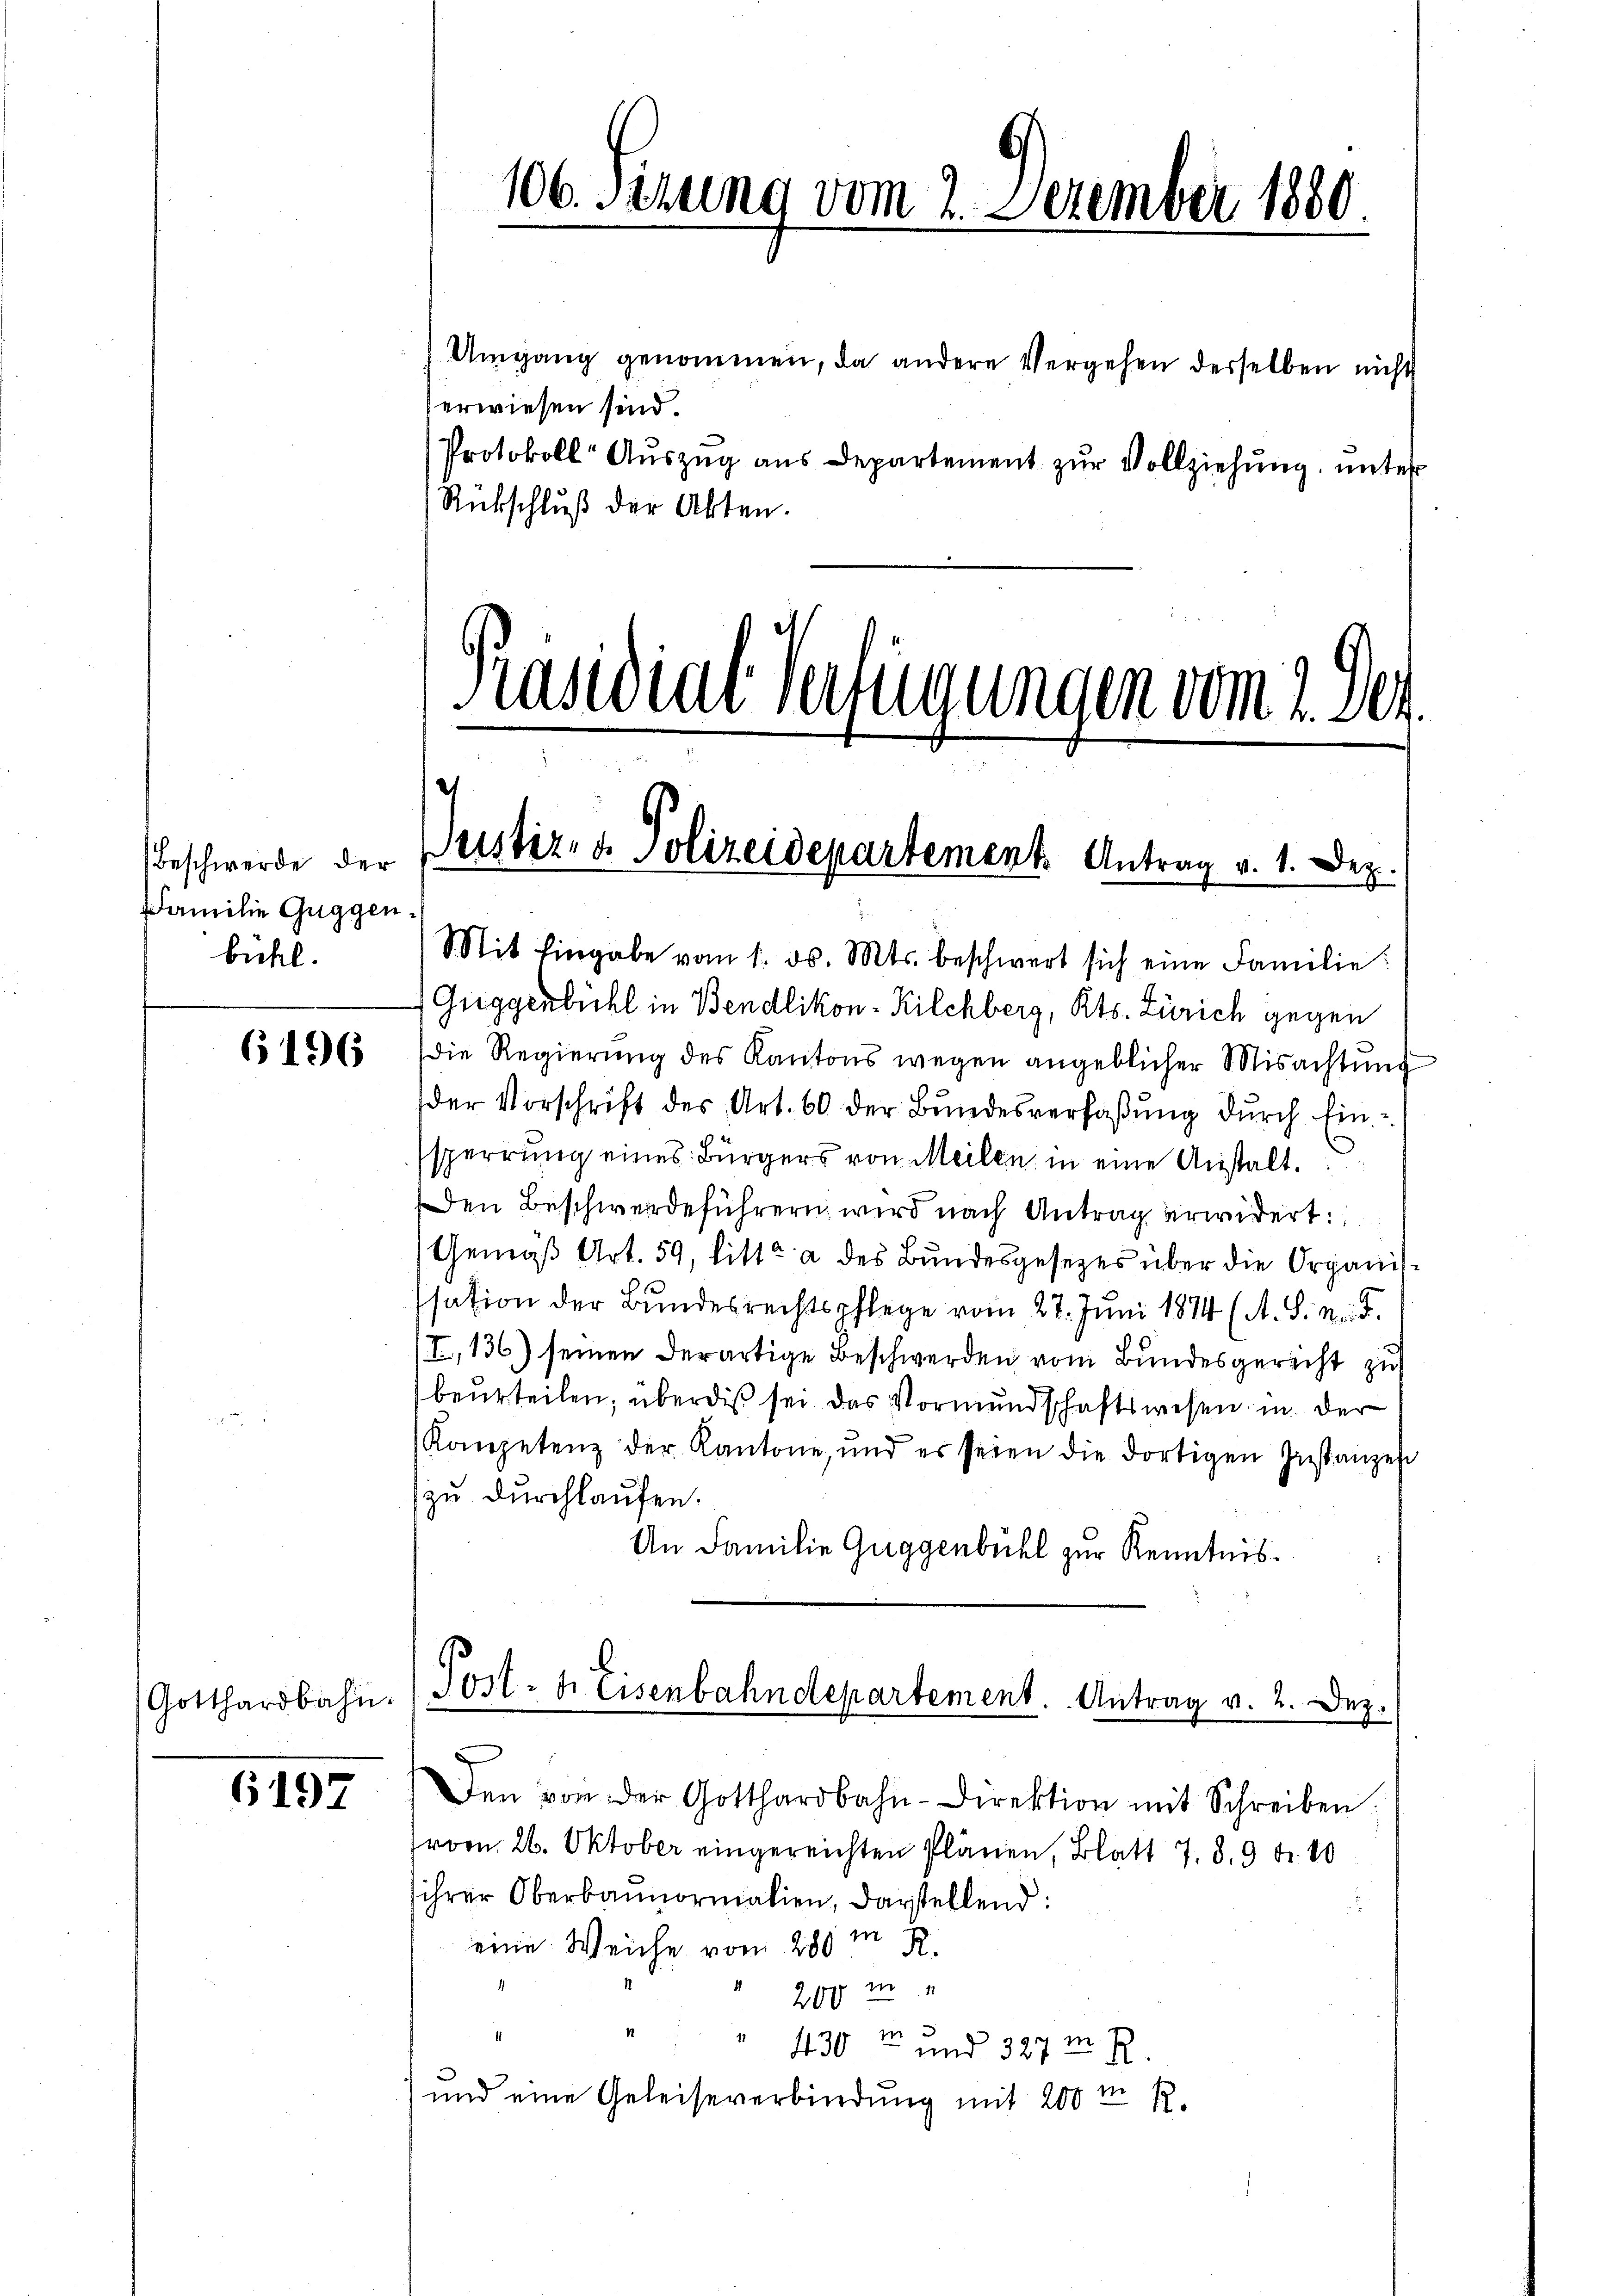
Beschwerde der
Familie Guggen.
bühl.

6196

6197

Umgang genommen, da andere Vergehen derselben nicht
erwiesen sind.
Protokoll Auszug aus Departement zur Vollziehung, unter
Rückschluß der Akten.

Mit Eingabe vom 1. ds. Mts. beschwert sich eine Familie
Guggenbühl in Bendlikon- Kilchberg, Kts. Zürich gegen
die Regierung des Kantons wegen angeblicher Misachtung
der Vorschrift des Art. 60 der Bŭndesverfaβŭng dŭrch Ein-
sperrung eines Bürgers von Meilen in eine Anstalt
Den Beschwerdeführern wird nach Antrag erwidert:
Gemäß Art. 59, litt. a des Bundesgesezes über die Organisssation der Bundesrechtspflege vom 27. Juni 1874 (A. S. Neid.
/I,136) seinen derartige Beschwerden vom Bundesgericht zu
beurteilen, überdis sei das Vormundschaftswesen in der
Kompetenz der Kantone, und es seien die dortigen Instanzen
zu durchlaufen.
An Familie Guggenbühl zur Kenntnis¬
Gotthardbahn. / Post- u. Eisenbahndepartement. Antrag v. 2. Dez.
Den von der Gotthardbahn-Direktion mit Schreiben
vom 26. Oktober eingereichten Plänen, Blatt 7. 8. 9 Fr. 10
ihrer Oberbaunormalien, darstellend:
eine Weiche vom 280 m R.
200 m

1
430 und 327 m
R.
und eine Geleiseverbindung mit 200 m 12.

106. Sizung vom 2. Dezember 1880.

Präsidial-Verfügungen vom 2. Dez.
ustiz- & Polizeidepartement. Antrag v. 1. Dez.
u